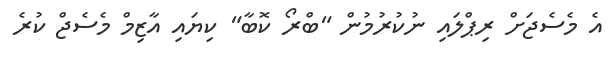
އެ މެސެޖަށް ރިޕްލައި ނުކުރުމުން "ބްރޯ ކޮބާ" ކިޔައި އާޒިމް މެސެޖް ކުރެ